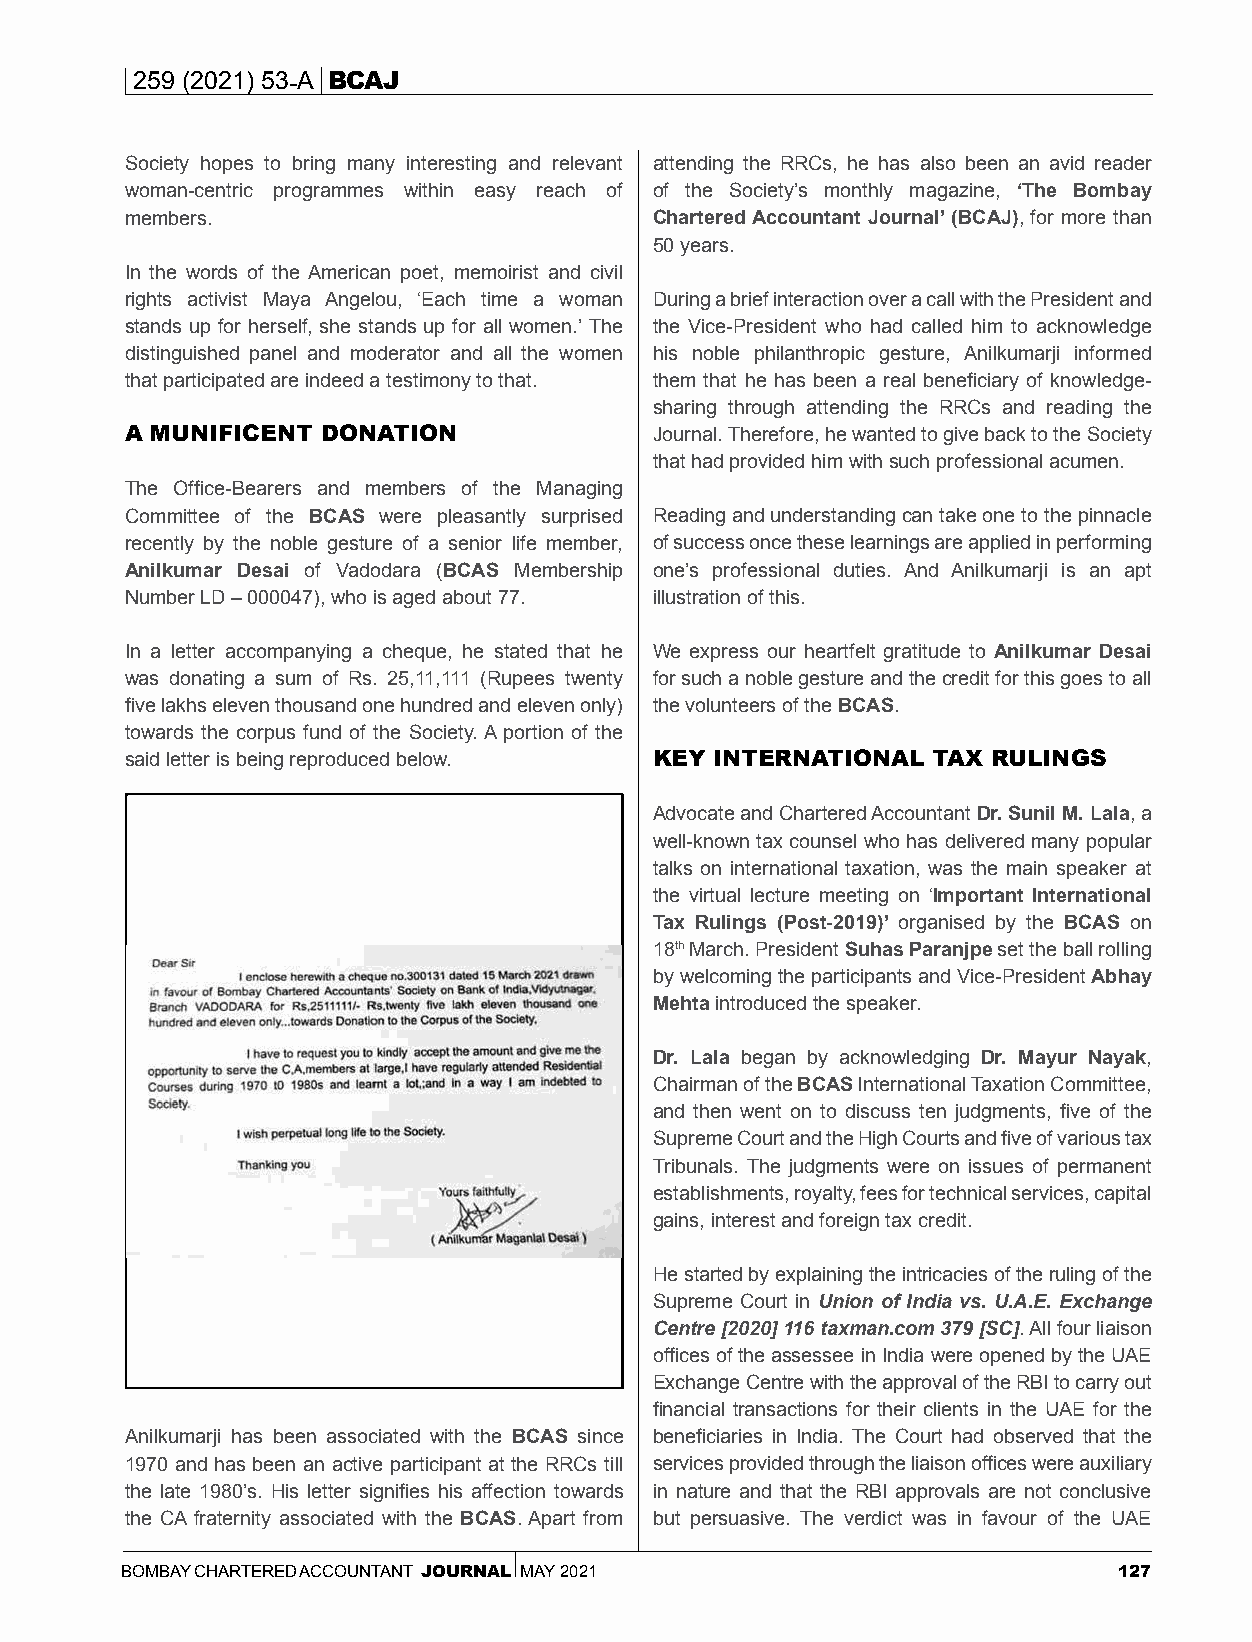
259 (2021) 53-A BCAJ
 Society hopes to bring many interesting and relevant attending the RRCs, he has also been an avid reader
 woman-centric programmes within easy reach of of the Society’s monthly magazine, ‘The Bombay
 members.                           Chartered Accountant Journal’ (BCAJ), for more than
 50 years.
 In the words of the American poet, memoirist and civil
 rights activist Maya Angelou, ‘Each time a woman During a brief interaction over a call with the President and
 stands up for herself, she stands up for all women.’ The the Vice-President who had called him to acknowledge
 distinguished panel and moderator and all the women his noble philanthropic gesture, Anilkumarji informed
 that participated are indeed a testimony to that. them that he has been a real beneficiary of knowledge-
 sharing through attending the RRCs and reading the
 A MUNIFICENT DONATION              Journal. Therefore, he wanted to give back to the Society
 that had provided him with such professional acumen.
 The Office-Bearers and members of the Managing
 Committee of the BCAS were pleasantly surprised Reading and understanding can take one to the pinnacle
 recently by the noble gesture of a senior life member, of success once these learnings are applied in performing
 Anilkumar Desai of Vadodara (BCAS Membership one’s professional duties. And Anilkumarji is an apt
 Number LD – 000047), who is aged about 77. illustration of this.
 In a letter accompanying a cheque, he stated that he We express our heartfelt gratitude to Anilkumar Desai
 was donating a sum of Rs. 25,11,111 (Rupees twenty for such a noble gesture and the credit for this goes to all
 five lakhs eleven thousand one hundred and eleven only) the volunteers of the BCAS.
 towards the corpus fund of the Society. A portion of the
 said letter is being reproduced below. KEY INTERNATIONAL TAX RULINGS
 Advocate and Chartered Accountant Dr. Sunil M. Lala, a
 well-known tax counsel who has delivered many popular
 talks on international taxation, was the main speaker at
 the virtual lecture meeting on ‘Important International
 Tax Rulings (Post-2019)’ organised by the BCAS on
 18th March. President Suhas Paranjpe set the ball rolling
 by welcoming the participants and Vice-President Abhay
 Mehta introduced the speaker.
 Dr. Lala began by acknowledging Dr. Mayur Nayak,
 Chairman of the BCAS International Taxation Committee,
 and then went on to discuss ten judgments, five of the
 Supreme Court and the High Courts and five of various tax
 Tribunals. The judgments were on issues of permanent
 establishments, royalty, fees for technical services, capital
 gains, interest and foreign tax credit.
 He started by explaining the intricacies of the ruling of the
 Supreme Court in Union of India vs. U.A.E. Exchange
 Centre [2020] 116 taxman.com 379 [SC]. All four liaison
 offices of the assessee in India were opened by the UAE
 Exchange Centre with the approval of the RBI to carry out
 financial transactions for their clients in the UAE for the
 Anilkumarji has been associated with the BCAS since beneficiaries in India. The Court had observed that the
 1970 and has been an active participant at the RRCs till services provided through the liaison offices were auxiliary
 the late 1980’s. His letter signifies his affection towards in nature and that the RBI approvals are not conclusive
 the CA fraternity associated with the BCAS. Apart from but persuasive. The verdict was in favour of the UAE
 BOMBAY CHARTERED ACCOUNTANT JOURNAL MAY 2021                      127